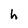
Character: h